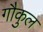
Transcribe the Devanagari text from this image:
गौकुल